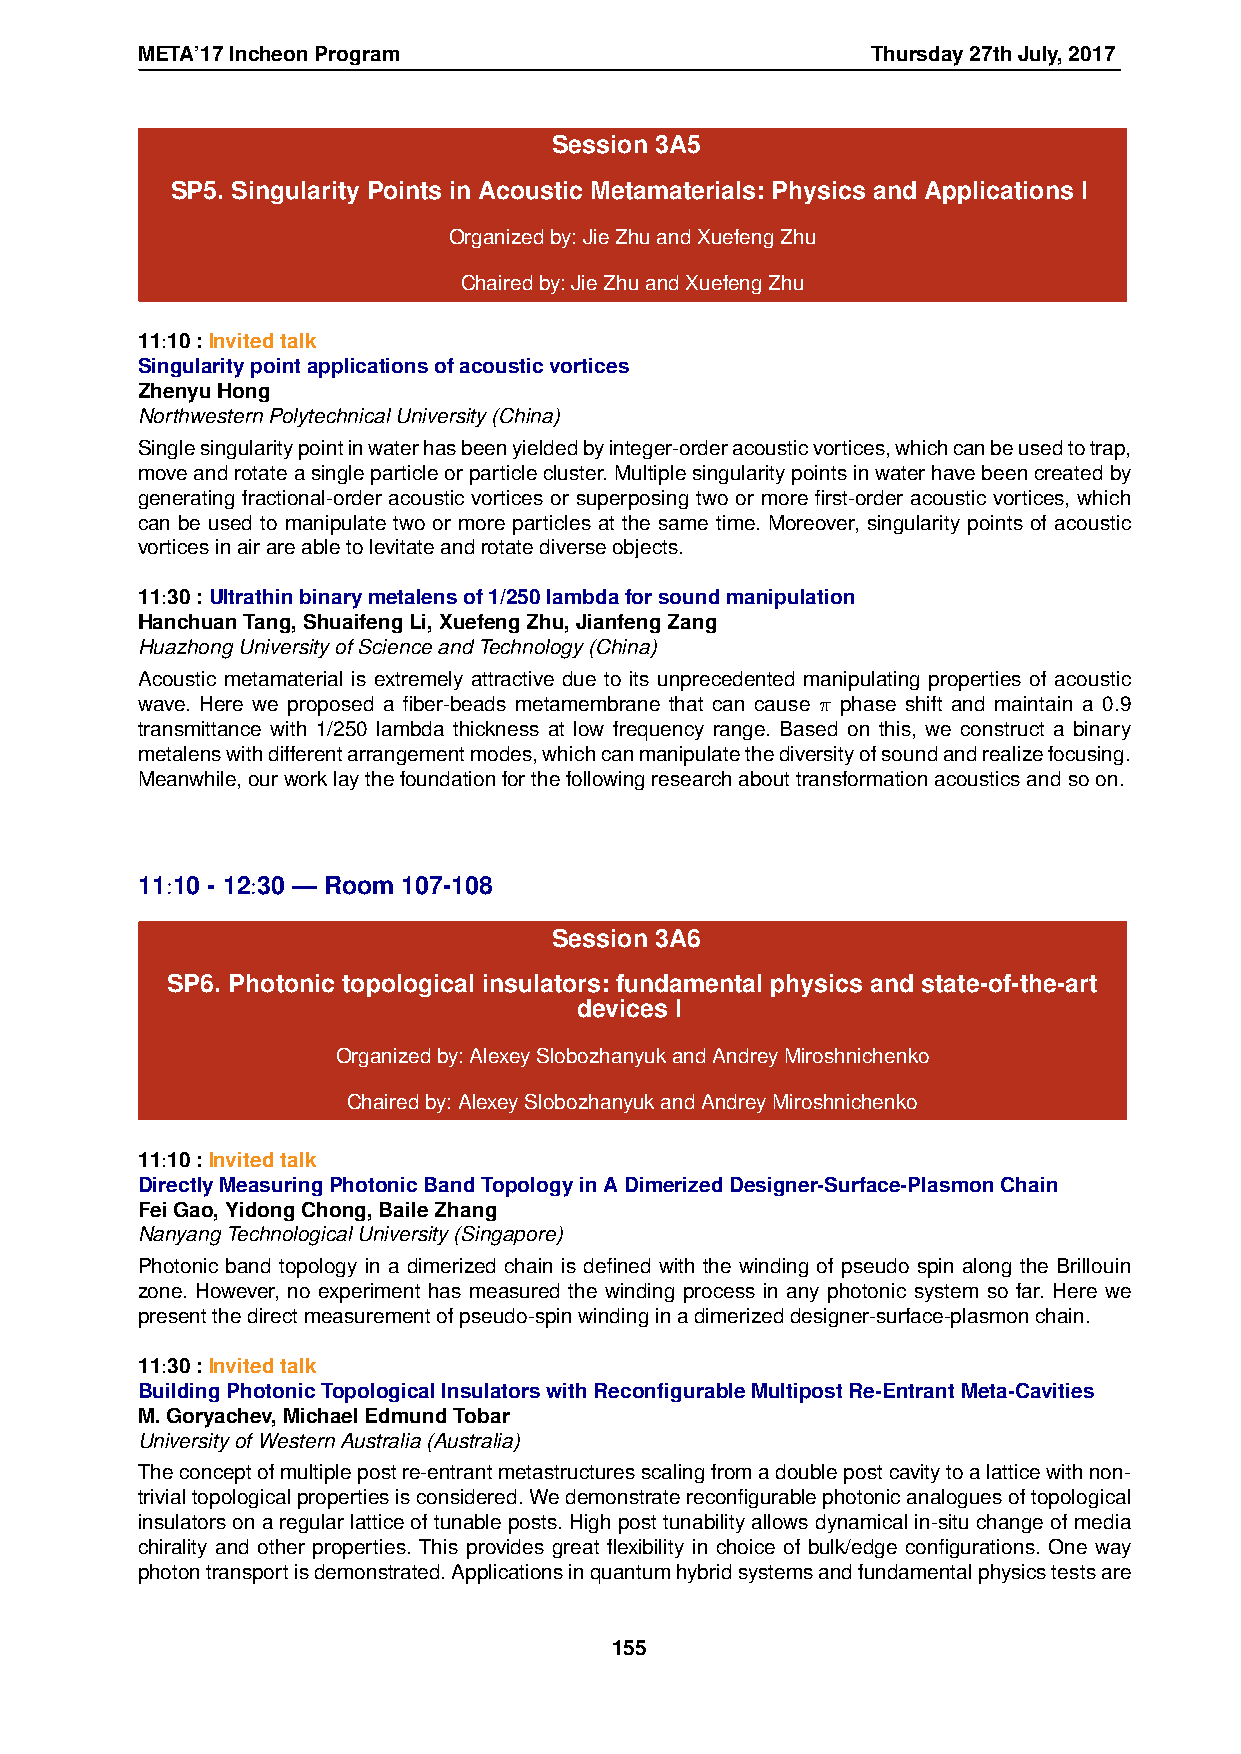
META’17IncheonProgram                            Thursday27thJuly,2017
 Session 3A5
 SP5. Singularity Points in Acoustic Metamaterials: Physics and Applications I
 Organizedby:JieZhuandXuefengZhu
 Chairedby:JieZhuandXuefengZhu
 11:10:Invitedtalk
 Singularitypointapplicationsofacousticvortices
 ZhenyuHong
 NorthwesternPolytechnicalUniversity(China)
 Singlesingularitypointinwaterhasbeenyieldedbyinteger-orderacousticvortices,whichcanbeusedtotrap,
 moveandrotateasingleparticleorparticlecluster.Multiplesingularitypointsinwaterhavebeencreatedby
 generating fractional-order acoustic vortices or superposing two or more first-order acoustic vortices, which
 can be used to manipulate two or more particles at the same time. Moreover, singularity points of acoustic
 vorticesinairareabletolevitateandrotatediverseobjects.
 11:30:Ultrathinbinarymetalensof1/250lambdaforsoundmanipulation
 HanchuanTang,ShuaifengLi,XuefengZhu,JianfengZang
 HuazhongUniversityofScienceandTechnology(China)
 Acoustic metamaterial is extremely attractive due to its unprecedented manipulating properties of acoustic
 wave. Here we proposed a fiber-beads metamembrane that can cause π phase shift and maintain a 0.9
 transmittance with 1/250 lambda thickness at low frequency range. Based on this, we construct a binary
 metalenswithdifferentarrangementmodes,whichcanmanipulatethediversityofsoundandrealizefocusing.
 Meanwhile,ourworklaythefoundationforthefollowingresearchabouttransformationacousticsandsoon.
 11:10 - 12:30 — Room 107-108
 Session 3A6
 SP6. Photonic topological insulators: fundamental physics and state-of-the-art
 devices I
 Organizedby:AlexeySlobozhanyukandAndreyMiroshnichenko
 Chairedby:AlexeySlobozhanyukandAndreyMiroshnichenko
 11:10:Invitedtalk
 DirectlyMeasuringPhotonicBandTopologyinADimerizedDesigner-Surface-PlasmonChain
 FeiGao,YidongChong,BaileZhang
 NanyangTechnologicalUniversity(Singapore)
 Photonic band topology in a dimerized chain is defined with the winding of pseudo spin along the Brillouin
 zone. However, no experiment has measured the winding process in any photonic system so far. Here we
 presentthedirectmeasurementofpseudo-spinwindinginadimerizeddesigner-surface-plasmonchain.
 11:30:Invitedtalk
 BuildingPhotonicTopologicalInsulatorswithReconfigurableMultipostRe-EntrantMeta-Cavities
 M.Goryachev,MichaelEdmundTobar
 UniversityofWesternAustralia(Australia)
 Theconceptofmultiplepostre-entrantmetastructuresscalingfromadoublepostcavitytoalatticewithnon-
 trivialtopologicalpropertiesisconsidered.Wedemonstratereconfigurablephotonicanaloguesoftopological
 insulatorsonaregularlatticeoftunableposts.Highposttunabilityallowsdynamicalin-situchangeofmedia
 chirality and other properties. This provides great flexibility in choice of bulk/edge configurations. One way
 photontransportisdemonstrated.Applicationsinquantumhybridsystemsandfundamentalphysicstestsare
 155